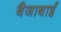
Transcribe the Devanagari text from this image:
बैजाबाई